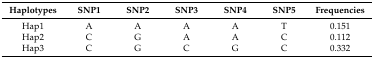
<table><thead><tr><td><b>Haplotypes</b></td><td><b>SNP1</b></td><td><b>SNP2</b></td><td><b>SNP3</b></td><td><b>SNP4</b></td><td><b>SNP5</b></td><td><b>Frequencies</b></td></tr></thead><tbody><tr><td>Hap1</td><td>A</td><td>A</td><td>A</td><td>A</td><td>T</td><td>0.151</td></tr><tr><td>Hap2</td><td>C</td><td>G</td><td>A</td><td>A</td><td>C</td><td>0.112</td></tr><tr><td>Hap3</td><td>C</td><td>G</td><td>C</td><td>G</td><td>C</td><td>0.332</td></tr></tbody></table>